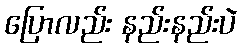
ပြောလည်း နည်းနည်းပဲ